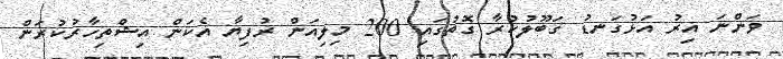
ވަންނަ އިރު އަޅުގަނޑު ގަބޫލުކުރާ ގޮތުގައި 200 މިލިއަން ރުފިޔާ އެކަން އިޝްތިހާރުކުރަން